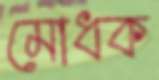
মোধক